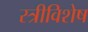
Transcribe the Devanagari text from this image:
स्त्रीविशेष